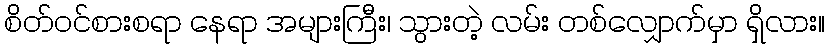
စိတ်ဝင်စားစရာ နေရာ အများကြီး၊ သွားတဲ့ လမ်း တစ်လျှောက်မှာ ရှိလား။